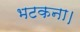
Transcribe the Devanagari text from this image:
भटकना।